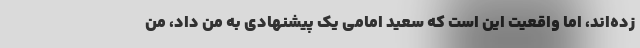
زده‌اند، اما واقعیت این است که سعید امامی یک پیشنهادی به من داد، من